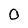
Character: 0